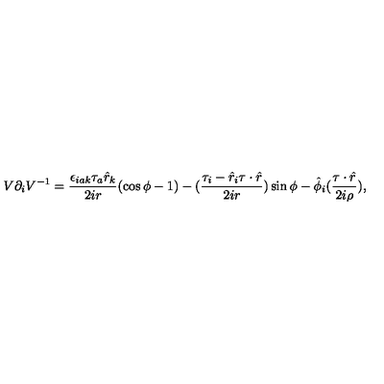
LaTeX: V \partial _ { i } V ^ { - 1 } = \frac { \epsilon _ { i a k } \tau _ { a } \hat { r } _ { k } } { 2 i r } ( \cos \phi - 1 ) - ( \frac { \tau _ { i } - \hat { r } _ { i } \tau \cdot \hat { r } } { 2 i r } ) \sin \phi - \hat { \phi } _ { i } ( \frac { \tau \cdot \hat { r } } { 2 i \rho } ) ,